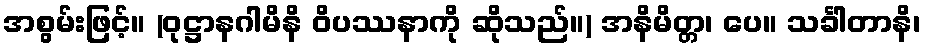
အစွမ်းဖြင့်။ (ဝုဋ္ဌာနဂါမိနိ ဝိပဿနာကို ဆိုသည်။) အနိမိတ္တ၊ ပေ။ သင်္ခါတာနိ၊